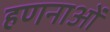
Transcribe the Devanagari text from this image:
हणनाओं